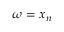
\omega = x _ { n }